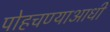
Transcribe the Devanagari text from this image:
पोहचण्याआधी